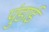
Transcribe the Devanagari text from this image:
पुंडाई